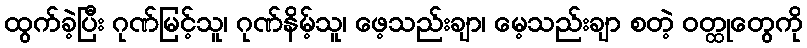
ထွက်ခဲ့ပြီး ဂုဏ်မြင့်သူ၊ ဂုဏ်နိမ့်သူ၊ ဖေ့သည်းချာ၊ မေ့သည်းချာ စတဲ့ ဝတ္ထုတွေကို